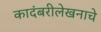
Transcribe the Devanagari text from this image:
कादंबरीलेखनाचे